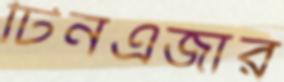
টিনএজার